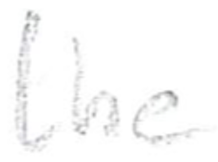
Text: the
Cross-out: clean
Writing tool: pencil